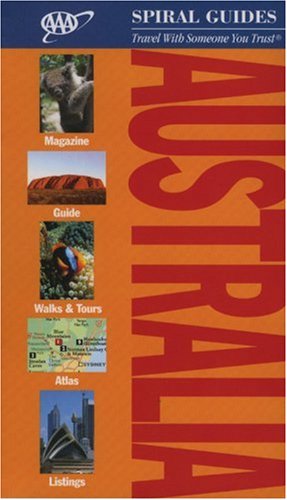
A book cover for Australia Spiral Guide (AAA Spiral Guides: Australia); AAA; Travel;